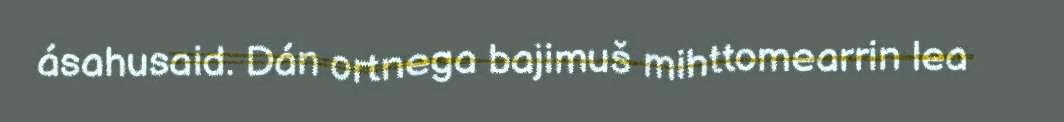
ásahusaid. Dán ortnega bajimuš mihttomearrin lea